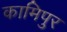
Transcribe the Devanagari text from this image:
कामिपुर